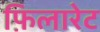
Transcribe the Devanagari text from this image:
फ़िलारेट